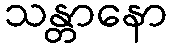
သန္တာနော